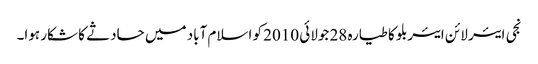
نجی ایئر لائن ایئربلو کا طیارہ 28 جولائی 2010 کو اسلام آباد میں حادثے کا شکار ہوا۔